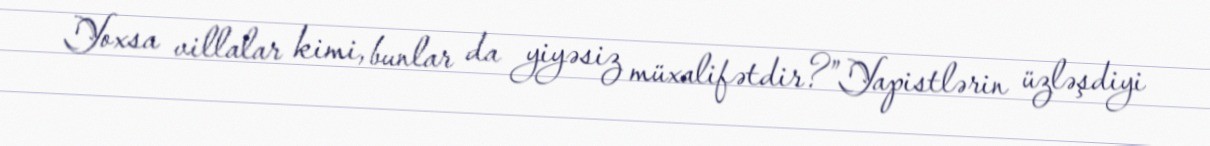
Yoxsa villalar kimi, bunlar da yiyəsiz müxalifətdir?”Yapistlərin üzləşdiyi